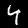
Label: 4